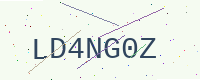
Text: LD4NG0Z